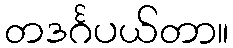
တဒင်္ဂပယ်တာ။